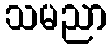
သမညာ